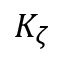
K _ { \zeta }